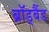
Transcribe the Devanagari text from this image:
ब्रॉड्बैंड